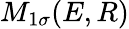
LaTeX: M_{1\sigma}(E,R)